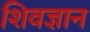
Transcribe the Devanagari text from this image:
शिवज्ञान